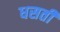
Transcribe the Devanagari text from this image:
धसती